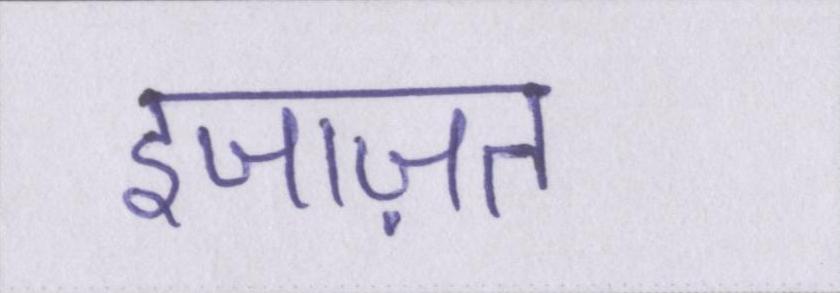
इजाज़त